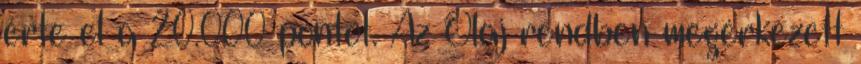
érte el a 20.000 pontot. Az Olaj rendben megérkezett